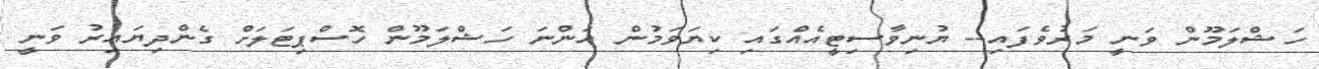
ހަޝްލަމޫން ވަނީ މަރުވެފައި-- ޔުނިވާސިޓީއެއްގައި ކިޔަވަމުން އަންނަ ހަޝްލަމޫން ހޮސްޕިޓަލަށް ގެންދިޔައިރު ވަނީ